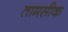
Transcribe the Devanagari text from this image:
तामसीक